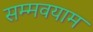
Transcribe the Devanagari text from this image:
सम्मवयाम